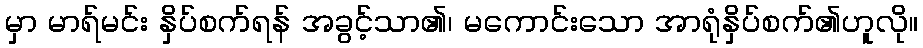
မှာ မာရ်မင်း နှိပ်စက်ရန် အခွင့်သာ၏၊ မကောင်းသော အာရုံနှိပ်စက်၏ဟူလို။